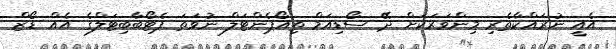
އެއީ ނުރައްކާތެރި މިންވަރަކަށް ދޭ ސޯޑިއަމް ތިއޯޕެންޓަލް ނުވަތަ ޕެޓޯބާބިޓަލްގެ އެއް ޑޯޒް